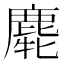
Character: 𪊯